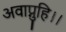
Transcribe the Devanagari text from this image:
अवाप्नुहि।।